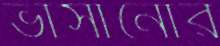
ভাসানোর